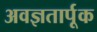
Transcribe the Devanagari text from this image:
अवज्ञतार्पूक